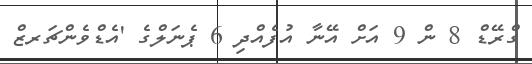
ގްރޭޑް 8 ން 9 އަށް އޭނާ އުފެއްދި 6 ޕެނަލްގެ 'އެޑްވެންޗަރޒް